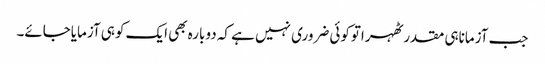
جب آزماناہی مقدرٹھہراتوکوئی ضروری نہیں ہے کہ دوبارہ بھی ایک کوہی آزمایاجائے۔